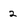
Character: 2